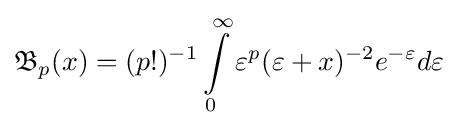
{\mathfrak {B}}_{p}(x)=(p!)^{-1}\int \limits _{0}^{\infty }{\varepsilon ^{p}(\varepsilon +x})^{-2}e^{-\varepsilon }d\varepsilon